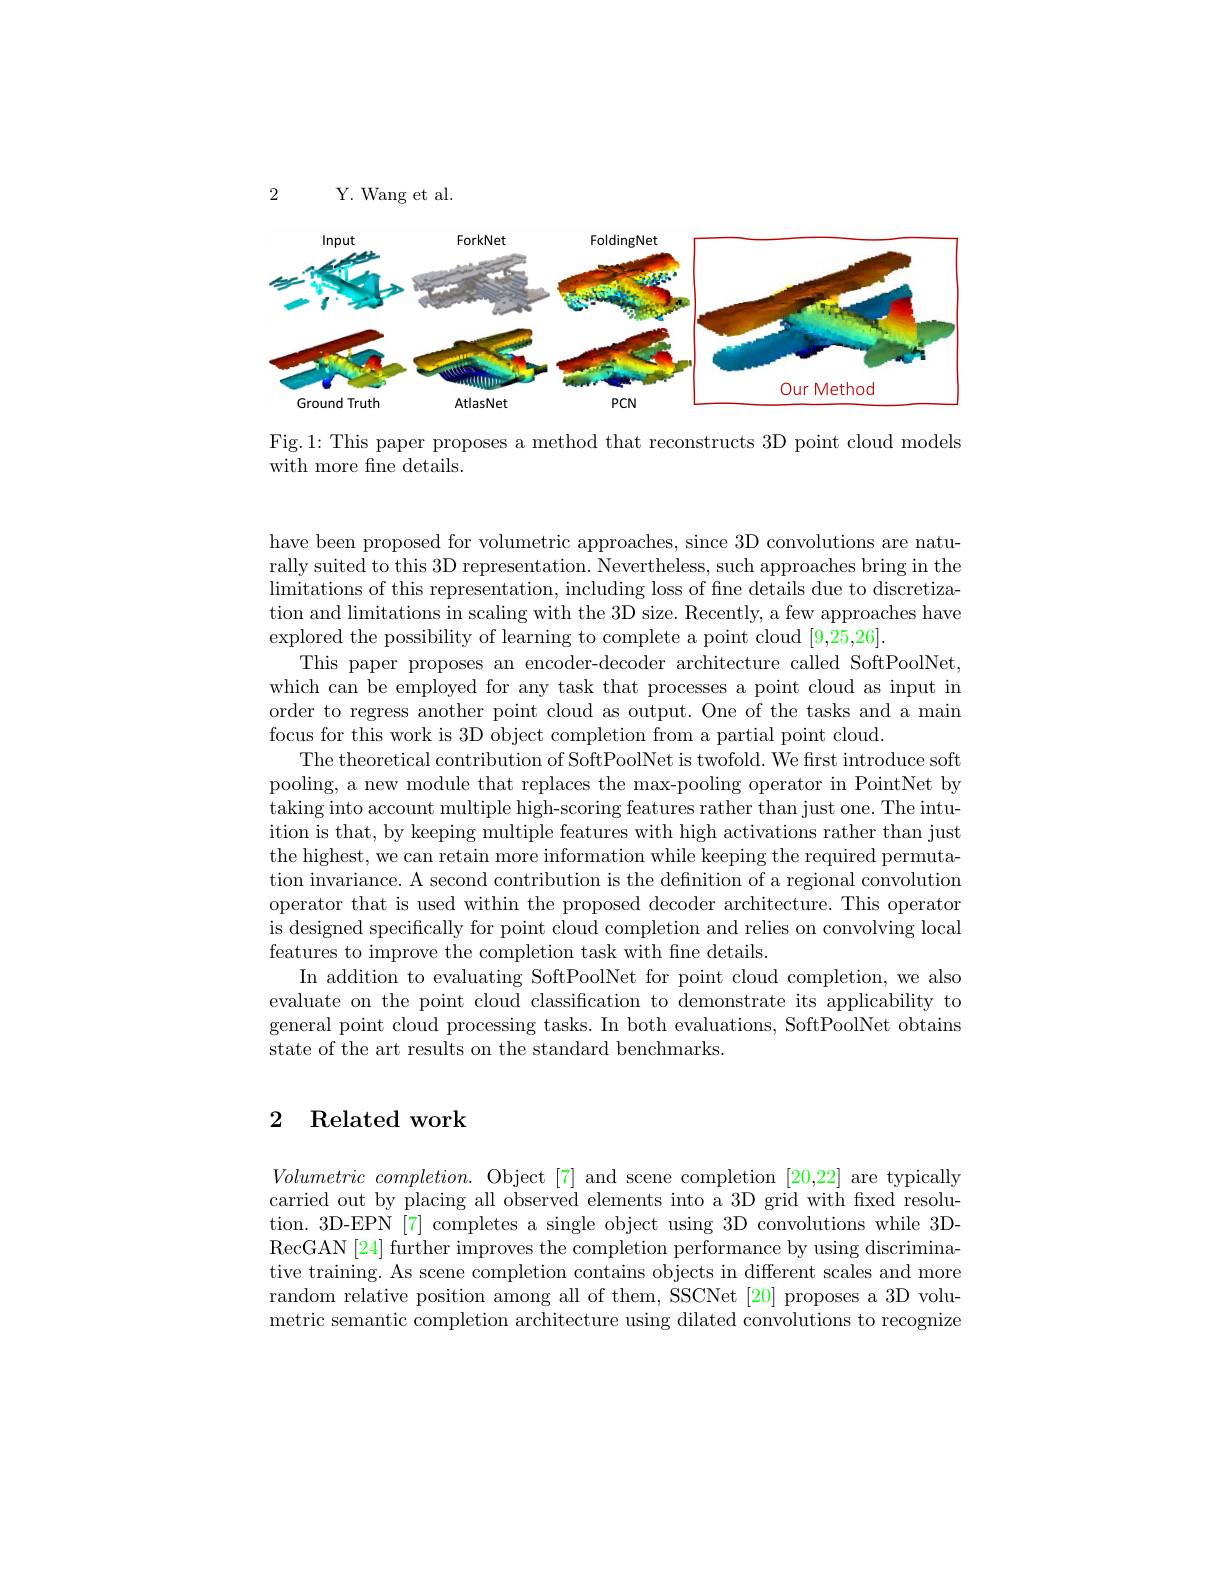
2

Y. Wang et al.

<FigureHere>

Fig.1: This paper proposes a method that reconstructs 3D point cloud models
with more fine details.

have been proposed for volumetric approaches, since 3D convolutions are naturally suited to this 3D representation. Nevertheless, such approaches bring in the $\operatorname*{limitations~of~this~representation,~including~loss~of~fine~details~due~to~discretiza-}$ tion and limitations in scaling with the 3D size. Recently, a few approaches have explored the possibility of learning to complete a point cloud [9,25,26].
This paper proposes an encoder-decoder architecture called SoftPoolNet, which can be employed for any task that processes a point cloud as input in order to regress another point cloud as output. One of the tasks and a main focus for this work is 3D object completion from a partial point cloud.
The theoretical contribution of SoftPoolNet is twofold. We frst introduce soft pooling, a new module that replaces the max-pooling operator in PointNet by taking into account multiple high-scoring features rather than just one. The intuition is that, by keeping multiple features with high activations rather than just the highest, we can retain more information while keeping the required permutation invariance. A second contribution is the defnition of a regional convolution operator that is used within the proposed decoder architecture. This operator is designed specifically for point cloud completion and relies on convolving local features to improve the completion task with fine details.
In addition to evaluating SoftPoolNet for point cloud completion, we also evaluate on the point cloud classification to demonstrate its applicability to general point cloud processing tasks. In both evaluations, SoftPoolNet obtains state of the art results on the standard benchmarks.

## 2 Related work

$Volumetric~completion.~$Object [7] and scene completion [20,22] are typically carried out by placing all observed elements into a 3D grid with fixed resolution. 3D-EPN [7] completes a single object using 3D convolutions while 3DRecGAN[24] further improves the completion performance by using discriminative training. As scene completion contains objects in different scales and more random relative position among all of them, SSCNet [20] proposes a 3D volumetric semantic completion architecture using dilated convolutions to recognize